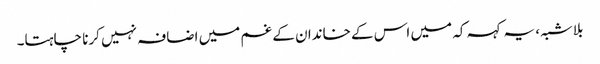
بلاشبہ، یہ کہہ کہ میں اس کے خاندان کے غم میں اضافہ نہیں کرنا چاہتا۔